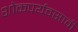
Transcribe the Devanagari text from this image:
शोकपर्यवसावी